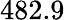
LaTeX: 482.9